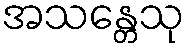
အသန္တေသု